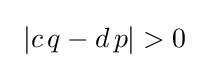
~\left|c\,q-d\,p\right|>0~